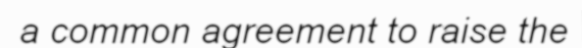
a common agreement to raise the